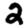
Digit: 2